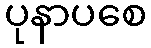
ပုနာပစေ